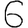
Digit: 6